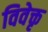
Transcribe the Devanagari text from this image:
विवेक्तृ